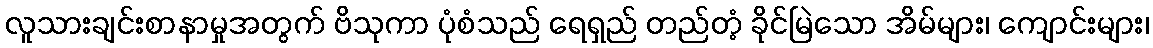
လူသားချင်းစာနာမှုအတွက် ဗိသုကာ ပုံစံသည် ရေရှည် တည်တံ့ ခိုင်မြဲသော အိမ်များ၊ ကျောင်းများ၊